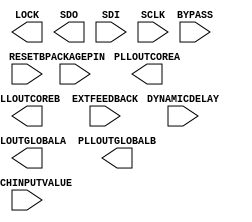
module SB_PLL40_2F_PAD (
	input   PACKAGEPIN,
	output  PLLOUTCOREA,
	output  PLLOUTGLOBALA,
	output  PLLOUTCOREB,
	output  PLLOUTGLOBALB,
	input   EXTFEEDBACK,
	input   [7:0] DYNAMICDELAY,
	output  LOCK,
	input   BYPASS,
	input   RESETB,
	input   LATCHINPUTVALUE,
	output  SDO,
	input   SDI,
	input   SCLK
);
	parameter FEEDBACK_PATH = "SIMPLE";
	parameter DELAY_ADJUSTMENT_MODE_FEEDBACK = "FIXED";
	parameter DELAY_ADJUSTMENT_MODE_RELATIVE = "FIXED";
	parameter SHIFTREG_DIV_MODE = 2'b00;
	parameter FDA_FEEDBACK = 4'b0000;
	parameter FDA_RELATIVE = 4'b0000;
	parameter PLLOUT_SELECT_PORTA = "GENCLK";
	parameter PLLOUT_SELECT_PORTB = "GENCLK";
	parameter DIVR = 4'b0000;
	parameter DIVF = 7'b0000000;
	parameter DIVQ = 3'b000;
	parameter FILTER_RANGE = 3'b000;
	parameter ENABLE_ICEGATE_PORTA = 1'b0;
	parameter ENABLE_ICEGATE_PORTB = 1'b0;
	parameter TEST_MODE = 1'b0;
	parameter EXTERNAL_DIVIDE_FACTOR = 1;
endmodule